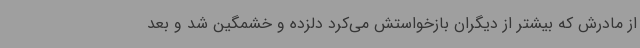
از مادرش که بیشتر از دیگران بازخواستش می‌کرد دلزده و خشمگین شد و بعد